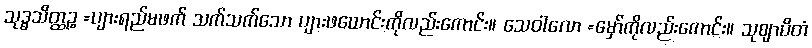
သုဒ္ဓသိတ္ထဉ္စ =ပျားရည်မဖက် သက်သက်သော ပျားဖယောင်းကိုလည်းကောင်း။ သေဝါလော =မှော်ကိုလည်းကောင်း။ သုဈာပိတံ